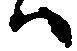
ハ